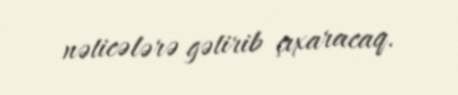
nəticələrə gətirib çıxaracaq.